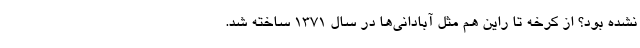
نشده بود؟ از کرخه تا راین هم مثل آبادانی‌ها در سال 1371 ساخته شد.